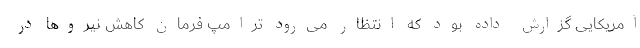
آمریکایی گزارش داده بود که انتظار می‌رود ترامپ فرمان کاهش نیروها در